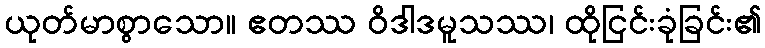
ယုတ်မာစွာသော။ ဧတဿ ဝိဒါဒမူသဿ၊ ထိုငြင်းခုံခြင်း၏